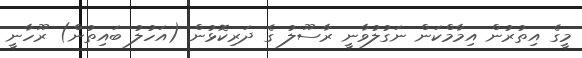
މީގެ އިތުރުން އިމާމްކަން ނަގުލުވާނީ ރާސޫލު ގެ ދަރިކޮޅުން (އަހުލު ބައިތުން) ރޫހާނީ